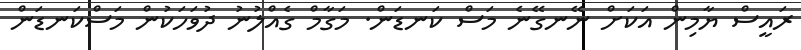
ރައީސް ޔާމިން އަކަށް ނޭނގޭނެ މަސް ކަނޑަން. މަގާމް ގެއްލުނު ދުވަހަކުން މަސްކަނޑަން